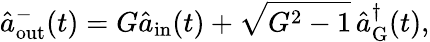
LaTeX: \hat{a}_{\mathrm{out}}^{-}(t)=G\hat{a}_{\mathrm{in}}(t)+\sqrt{G^{2}-1}\, \hat{a}_{\mathrm{G}}^{\dagger}(t),